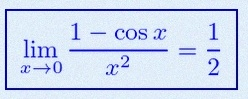
\lim_{x\to0}\frac{1-\cos x}{x^2}=\frac12